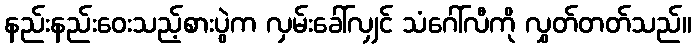
နည်းနည်းဝေးသည့်စားပွဲက လှမ်းခေါ်လျှင် သံဂေါ်လီကို လွှတ်တတ်သည်။